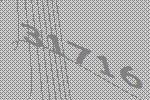
31716